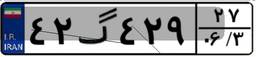
۹۶گ۸۶۵۴۵